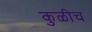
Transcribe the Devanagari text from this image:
कुळीच